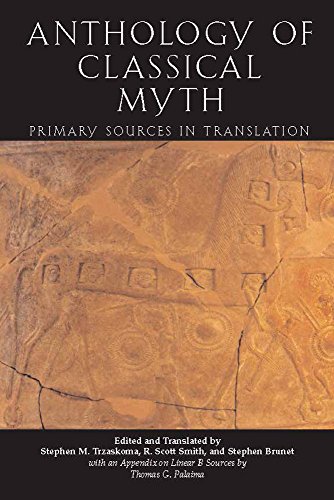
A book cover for Anthology Of Classical Myth: Primary Sources in Translation; Stephen Trzaskoma; Literature & Fiction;